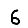
Digit: 6